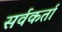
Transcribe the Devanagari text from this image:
सर्वकर्ता